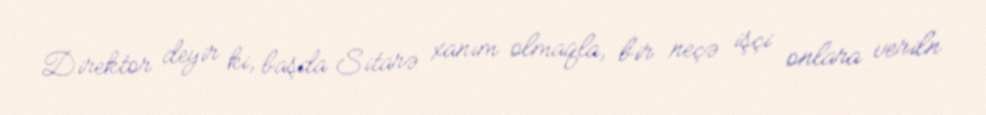
Direktor deyir ki, başda Sitarə xanım olmaqla, bir neçə işçi onlara veriln